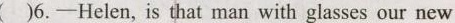
( )6.-Helen, is that man with glasses our new